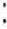
: